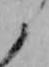
と